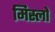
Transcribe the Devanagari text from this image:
मिस्लों